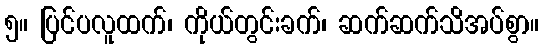
၅။ ပြင်ပလူထက်၊ ကိုယ်တွင်းခက်၊ ဆက်ဆက်သိအပ်စွာ။